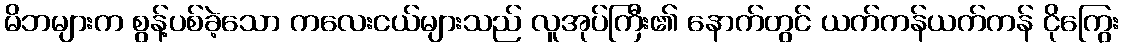
မိဘများက စွန့်ပစ်ခဲ့သော ကလေးငယ်များသည် လူအုပ်ကြီး၏ နောက်တွင် ယက်ကန်ယက်ကန် ငိုကြွေး